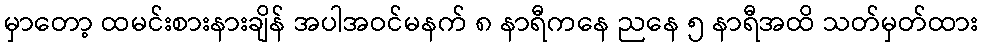
မှာတော့ ထမင်းစားနားချိန် အပါအဝင်မနက် ၈ နာရီကနေ ညနေ ၅ နာရီအထိ သတ်မှတ်ထား